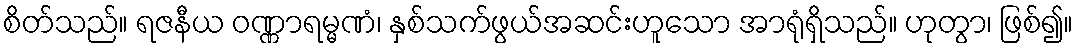
စိတ်သည်။ ရဇနီယ ဝဏ္ဏာရမ္မဏံ၊ နှစ်သက်ဖွယ်အဆင်းဟူသော အာရုံရှိသည်။ ဟုတွာ၊ ဖြစ်၍။